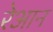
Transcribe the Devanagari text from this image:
रेआन